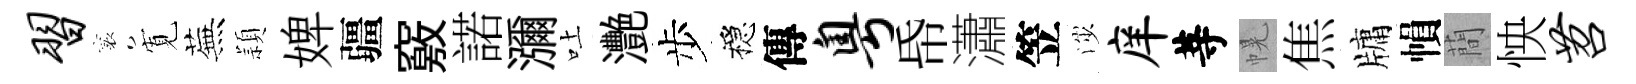
习襄𡩖蕪頴婢疆竅諾瀰吐灧步穩傳粤帋瀟笠渉庠䓁幌焦牗𢄙蕳怏苕